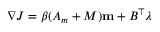
\nabla J = \beta ( A _ { m } + M ) \mathbf { m } + B ^ { \top } \boldsymbol { \lambda }